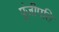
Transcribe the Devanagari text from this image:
पूंजीपति